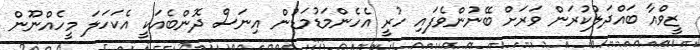
ޒީވްއާ ބައްދަލުކުރަން ވަރަށް ބޭނުންވެފައި ހުރީ އެހެންމަޑުމަޑުން އިނަސް ދޮންބެއަކީ އެކަހަލަ މީހެއްނޫން